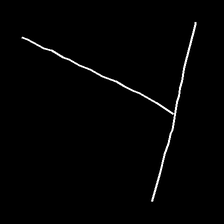
Glyph: column